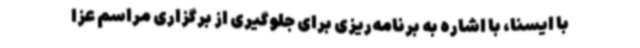
با ایسنا، با اشاره به برنامه‌ریزی برای جلوگیری از برگزاری مراسم عزا